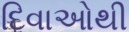
દિવાઓથી